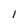
Character: 1